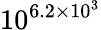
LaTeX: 10^{\, \! 6.2\times 10^{3}}